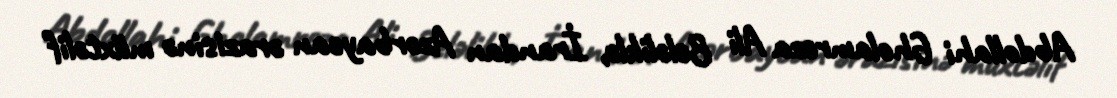
Abdollahi Gholamreza Ali Beləliklə, İrandan Azərbaycan ərazisinə müxtəlif